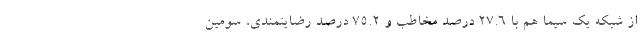
از شبکه یک سیما هم با 27.6 درصد مخاطب و 75.2 درصد رضایتمندی، سومین